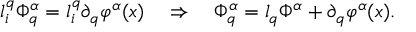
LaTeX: l _ { i } ^ { q } \Phi _ { q } ^ { \alpha } = l _ { i } ^ { q } \partial _ { q } \varphi ^ { \alpha } ( x ) ~ ~ ~ \Rightarrow ~ ~ ~ \Phi _ { q } ^ { \alpha } = l _ { q } \Phi ^ { \alpha } + \partial _ { q } \varphi ^ { \alpha } ( x ) .